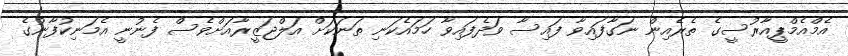
އެމްއެމްޕީއާރުސީގެ ތެރެއިން ނަގާފައިވާ ފައިސާ ވަދެފައިވާ ހަމައެކަނި ތަނަކަށް އަލްޖަޒީރާއަށްވެސް ފެނުނީ އެމަނިކުފާނުގެ